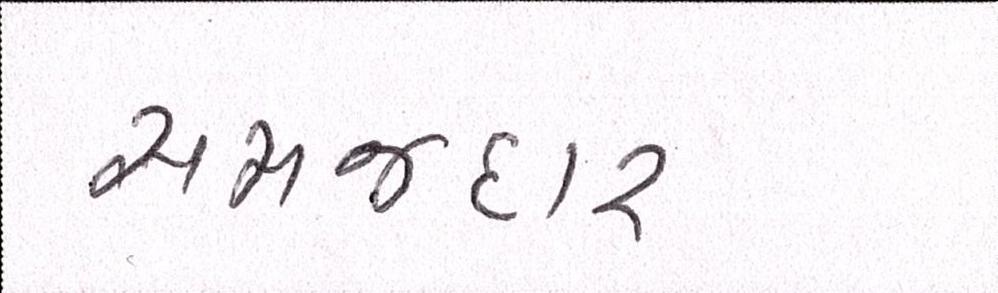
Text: સમજદાર